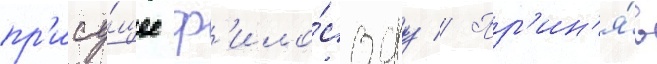
пр'ису́щее ф'ило́софу // Пр'ин'я́в